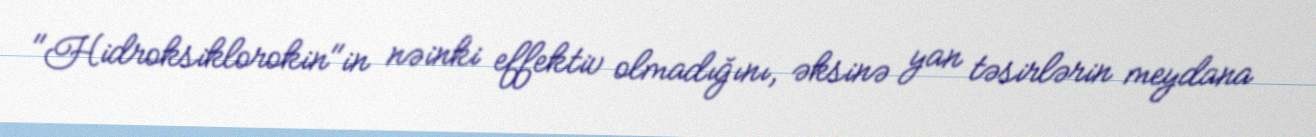
"Hidroksiklorokin"in nəinki effektiv olmadığını, əksinə yan təsirlərin meydana